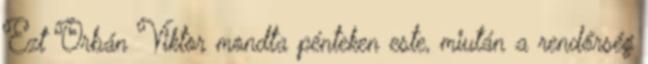
Ezt Orbán Viktor mondta pénteken este, miután a rendőrség